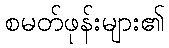
စမတ်ဖုန်းများ၏